Sketch of the medical history of the native army of Bombay, for the year
Year: 1870
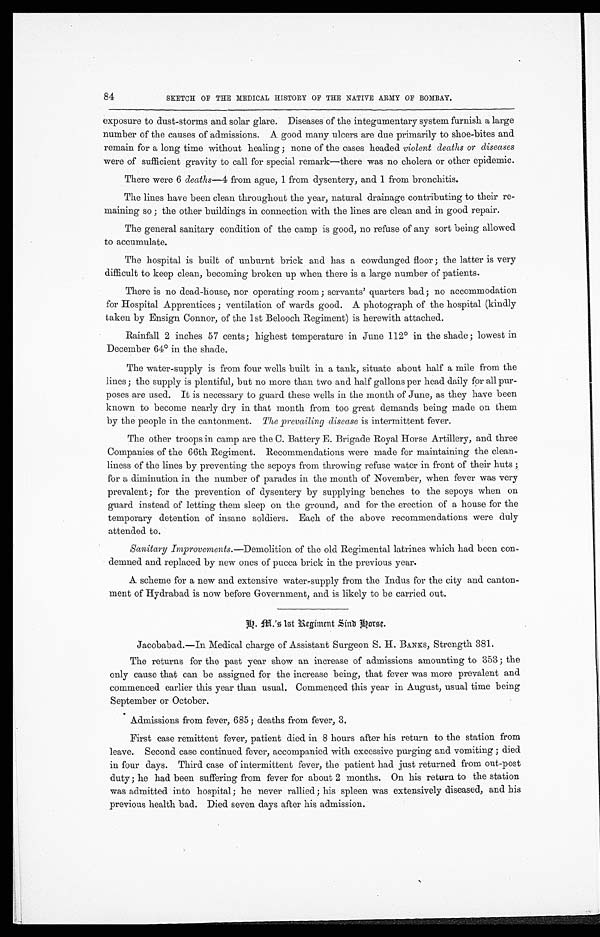
84
SKETCH OF THE MEDICAL HISTORY OF THE NATIVE ARMY OF BOMBAY.
exposure to dust-storms and solar glare. Diseases of the integumentary system furnish a large
number of the causes of admissions. A good many ulcers are due primarily to shoe-bites and
remain for a long time without healing; none of the cases headed violent deaths or diseases
were of sufficient gravity to call for special remark—there was no cholera or other epidemic.
There were 6 deaths—4 from ague, 1 from dysentery, and 1 from bronchitis.
The lines have been clean throughout the year, natural drainage contributing to their re
-
maining so; the other buildings in connection with the lines are clean and in good repair.
The general sanitary condition of the camp is good, no refuse of any sort being allowed
to accumulate.
The hospital is built of unburnt brick and has a cowdunged floor; the latter is very
difficult to keep clean, becoming broken up when there is a large number of patients.
There is no dead-house, nor operating room; servants' quarters bad; no accommodation
for Hospital Apprentices; ventilation of wards good. A photograph of the hospital (kindly
taken by Ensign Connor, of the 1st Belooch Regiment) is herewith attached.
Rainfall 2 inches 57 cents; highest temperature in June 112° in the shade; lowest in
December 64° in the shade.
The water-supply is from four wells built in a tank, situate about half a mile from the
lines; the supply is plentiful, but no more than two and half gallons per head daily for all pur
-
poses are used. It is necessary to guard these wells in the month of June, as they have been
known to become nearly dry in that month from too great demands being made on them
by the people in the cantonment. The prevailing disease is intermittent fever.
The other troops in camp are the C.Battery E. Brigade Royal Horse Artillery, and three
Companies of the 66th Regiment. Recommendations were made for maintaining the clean
-
liness of the lines by preventing the sepoys from throwing refuse water in front of their huts;
for a diminution in the number of parades in the month of November, when fever was very
prevalent; for the prevention of dysentery by supplying benches to the sepoys when on
guard instead of letting them sleep on the ground, and for the erection of a house for the
temporary detention of insane soldiers. Each of the above recommendations were duly
attended to.
Sanitary Improvements. —Demolition of the old Regimental latrines which had been con
-
demned and replaced by new ones of pucca brick in the previous year.
A scheme for a new and extensive water-supply from the Indus for the city and canton
-
ment of Hydrabad is now before Government, and is likely to be carried out.
G . M . ' s 1 s t R e g i m e n t S i n d H o r s e .
Jacobabad.—In Medical charge of Assistant Surgeon S. H. BANKS, Strength 381.
The returns for the past year show an increase of admissions amounting to 353; the
only cause that can be assigned for the increase being, that fever was more prevalent and
commenced earlier this year than usual. Commenced this year in August, usual time being
September or October.
Admissions from fever, 685; deaths from fever, 3.
First case remittent fever, patient died in 8 hours after his return to the station from
leave. Second case continued fever, accompanied with excessive purging and vomiting; died
in four days. Third case of intermittent fever, the patient had just returned from out-post
duty; he had been suffering from fever for about 2 months. On his return to the station
was admitted into hospital; he never rallied; his spleen was extensively diseased, and his
previous health bad. Died seven days after his admission.